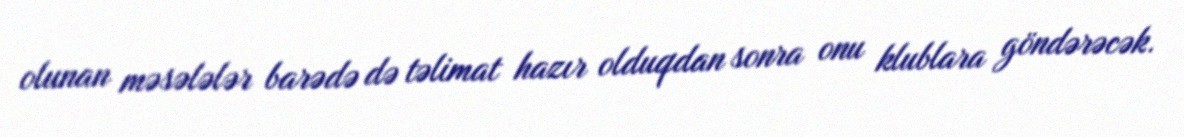
olunan məsələlər barədə də təlimat hazır olduqdan sonra onu klublara göndərəcək.